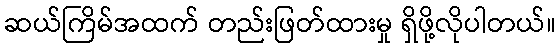
ဆယ်ကြိမ်အထက် တည်းဖြတ်ထားမှု ရှိဖို့လိုပါတယ်။